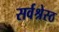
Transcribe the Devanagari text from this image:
सर्वश्रेस्ठ